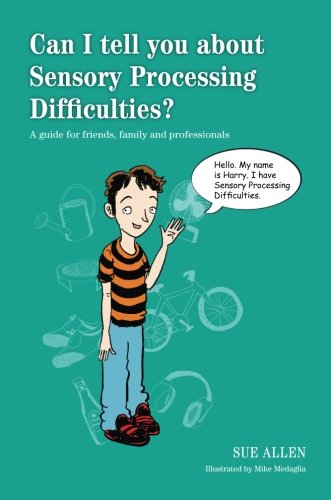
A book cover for Can I tell you about Sensory Processing Difficulties?: A guide for friends, family and professionals; Sue Allen; Health, Fitness & Dieting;